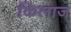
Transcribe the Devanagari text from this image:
किलाज